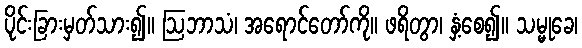
ပိုင်းခြားမှတ်သား၍။ ဩဘာသံ၊ အရောင်တော်ကို။ ဖရိတွာ၊ နှံ့စေ၍။ သမ္မုခေ၊